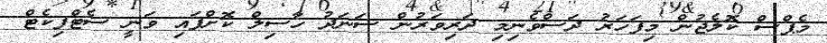
މެޕްސް ކޮލެޖުން މިފަހަރު ދަސްވެނިމި ދަރިވަރުން ސަނަދު ހާސިލް ކޮށްފައި ވަނީ ސެޓްފިކެޓް